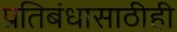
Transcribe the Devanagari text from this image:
प्रतिबंधासाठीही